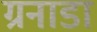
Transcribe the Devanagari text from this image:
ग्रनाडा